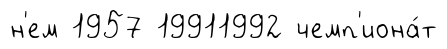
н'ем 1957 19911992 чемп'иона́т